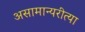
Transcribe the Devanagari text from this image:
असामान्यरीत्या